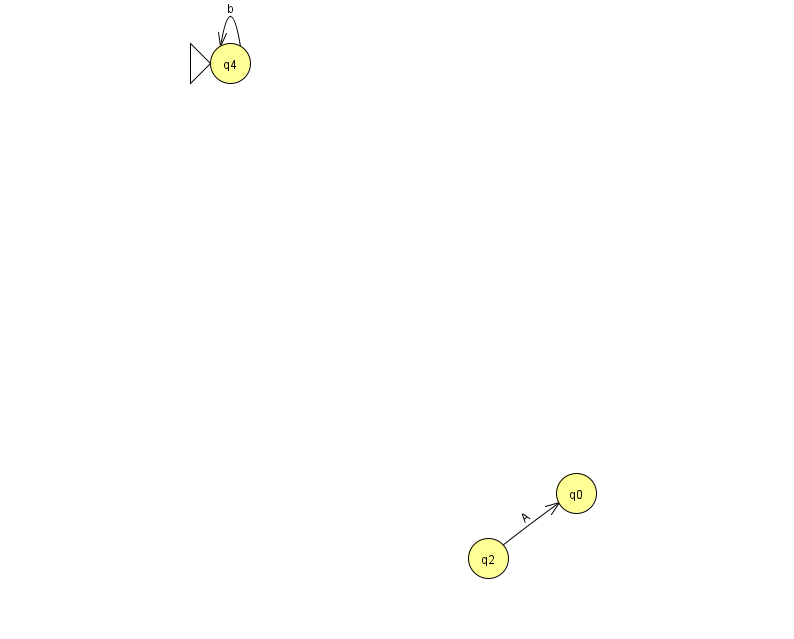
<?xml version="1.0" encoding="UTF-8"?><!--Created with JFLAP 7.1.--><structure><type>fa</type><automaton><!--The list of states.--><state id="0" name="q0"><x>576.0</x><y>480.0</y></state><state id="2" name="q2"><x>488.0</x><y>545.0</y></state><state id="4" name="q4"><x>230.0</x><y>50.0</y><initial/></state><!--The list of transitions.--><transition><from>4</from><to>4</to><read>b</read></transition><transition><from>2</from><to>0</to><read>A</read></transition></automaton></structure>